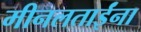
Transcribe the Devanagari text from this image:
मीनलताईंना